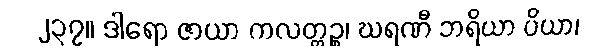
၂၃၇။ ဒါရော ဇာယာ ကလတ္တဉ္စ၊ ဃရဏီ ဘရိယာ ပိယာ၊